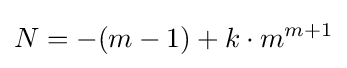
N=-(m-1)+k\cdot m^{m+1}